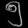
Digit: ၅